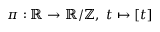
\pi : \mathbb { R } \to \mathbb { R } / \mathbb { Z } , \ t \mapsto [ t ]